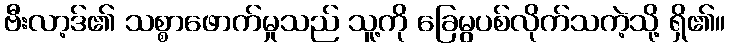
ဗီးလာ့ဒ်၏ သစ္စာဖောက်မှုသည် သူ့ကို ခြေမွပစ်လိုက်သကဲ့သို့ ရှိ၏။